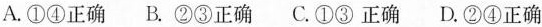
A①④正确 B.②③正确